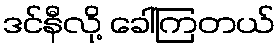
ဒင်နီလို့ ခေါ်ကြတယ်